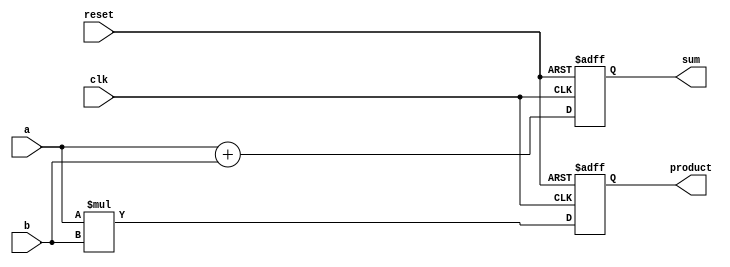
module example_design (
    input  wire clk,           // Clock input
    input  wire reset,         // Reset input
    input  wire [3:0] a,      // 4-bit input
    input  wire [3:0] b,      // 4-bit input
    output reg  [4:0] sum,     // 5-bit output for sum
    output reg  [4:0] product  // 5-bit output for product
);

    // Internal state variables
    reg [4:0] internal_sum;
    reg [4:0] internal_product;

    // Task to calculate sum
    task calculate_sum;
        input [3:0] x;
        input [3:0] y;
        begin
            internal_sum = x + y;  // Perform addition
        end
    endtask

    // Task to calculate product
    task calculate_product;
        input [3:0] x;
        input [3:0] y;
        begin
            internal_product = x * y;  // Perform multiplication
        end
    endtask

    // Continuous assignment block
    always @(posedge clk or posedge reset) begin
        if (reset) begin
            sum <= 5'b0;            // Reset sum
            product <= 5'b0;       // Reset product
        end else begin
            // Call tasks to perform calculations
            calculate_sum(a, b);
            calculate_product(a, b);

            // Non-blocking assignments
            sum <= internal_sum;    // Assign calculated sum
            product <= internal_product; // Assign calculated product
        end
    end

endmodule